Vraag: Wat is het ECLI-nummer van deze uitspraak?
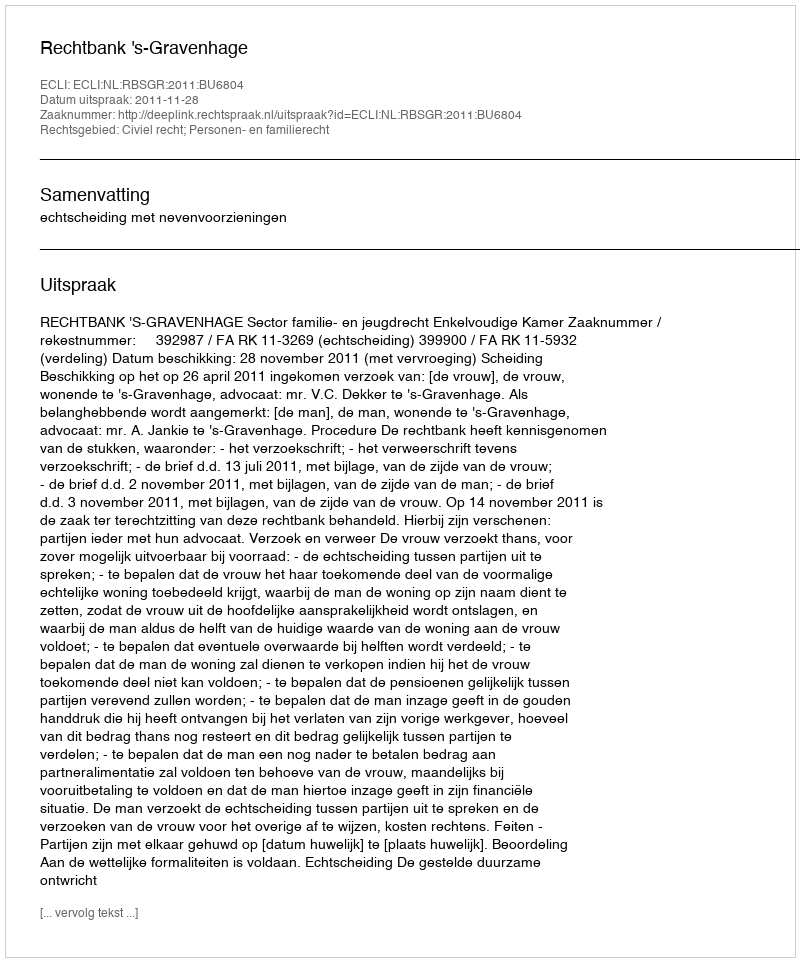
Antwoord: ECLI:NL:RBSGR:2011:BU6804